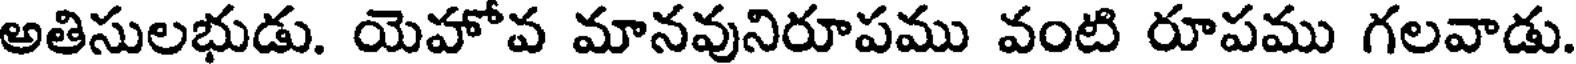
అతిసులభుడు. యెహోవ మానవునిరూపము వంటి రూపము గలవాడు.